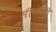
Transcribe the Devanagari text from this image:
सीवीवी